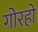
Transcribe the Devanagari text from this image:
गोरहो